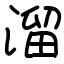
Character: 溜